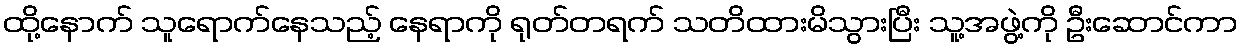
ထို့နောက် သူရောက်နေသည့် နေရာကို ရုတ်တရက် သတိထားမိသွားပြီး သူ့အဖွဲ့ကို ဦးဆောင်ကာ